Report on lock hospitals in British Burma
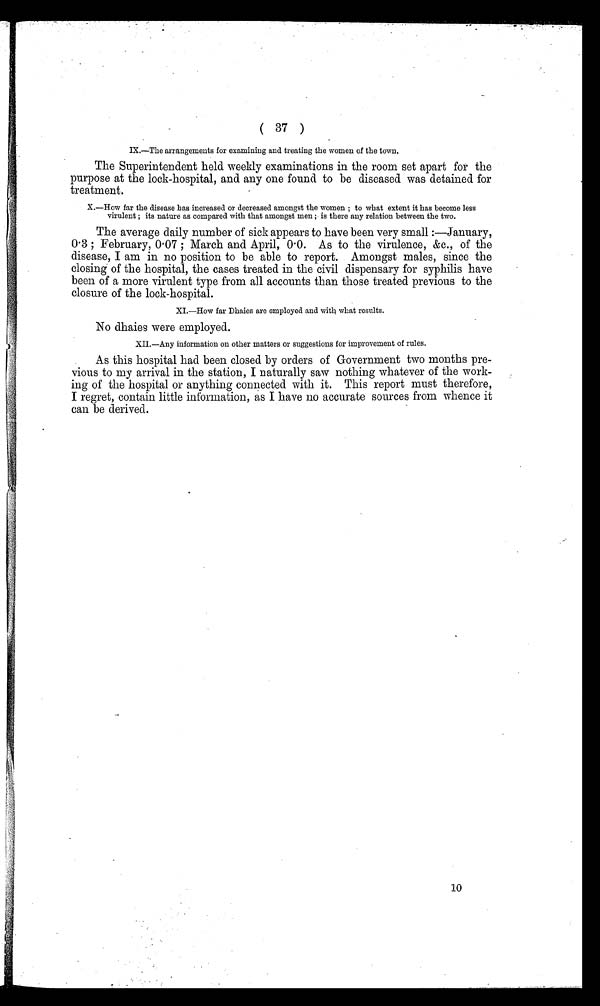
( 37 )
IX.—The arrangements for examining and treating the women of the town.
The Superintendent held. weekly examinations in the room set apart for the
purpose at the lock-hospital, and any one found to be diseased was detained for
treatment.
X.—How far the disease has increased or decreased amongst the women ; to what extent it has become less
virulent ; its nature as compared with that amongst men ; is there any relation between the two.
The average daily number of sick appears to have been very small :—January,
0.3 ; February, 0 . 07 ; March and April, 0 . 0. As to the virulence, &c., of the
disease, I am in no position to be able to report. Amongst males, since the
closing of the hospital, the cases treated in the civil dispensary for syphilis have
been of a more virulent type from all accounts than those treated previous to the
closure of the lock-hospital.
XI.—How far Dhaies are employed and with what results.
No dhaies were employed.
XII.—Any information on other matters or suggestions for improvement of rules.
As this hospital had been closed by orders of Government two months pre-
vious to my arrival in the station, I naturally saw nothing whatever of the work-
ing of the hospital or anything connected with it. This report must therefore,
I regret, contain little information, as I have no accurate sources from whence it
can be derived.
10